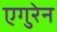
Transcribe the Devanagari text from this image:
एगुरेन